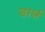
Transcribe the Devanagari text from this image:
डार्ल